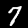
Label: 7